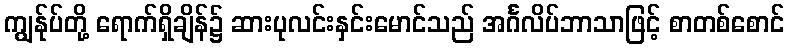
ကျွန်ုပ်တို့ ရောက်ရှိချိန်၌ ဆားပုလင်းနှင်းမောင်သည် အင်္ဂလိပ်ဘာသာဖြင့် စာတစ်စောင်